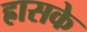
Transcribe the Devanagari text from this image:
ह्रासके